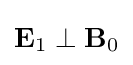
\mathbf {E} _{1}\perp \mathbf {B} _{0}